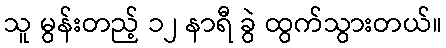
သူ မွန်းတည့် ၁၂ နာရီ ခွဲ ထွက်သွားတယ်။